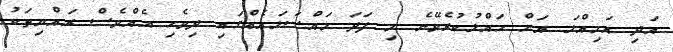
އަދި އަމިއްލަ އަށް ހައްލުކުރެވޭނެ މި ފަދަ މައްސަލައެއްގައި ދިވެހި އެއްވެސް ރައްޔިތަކު